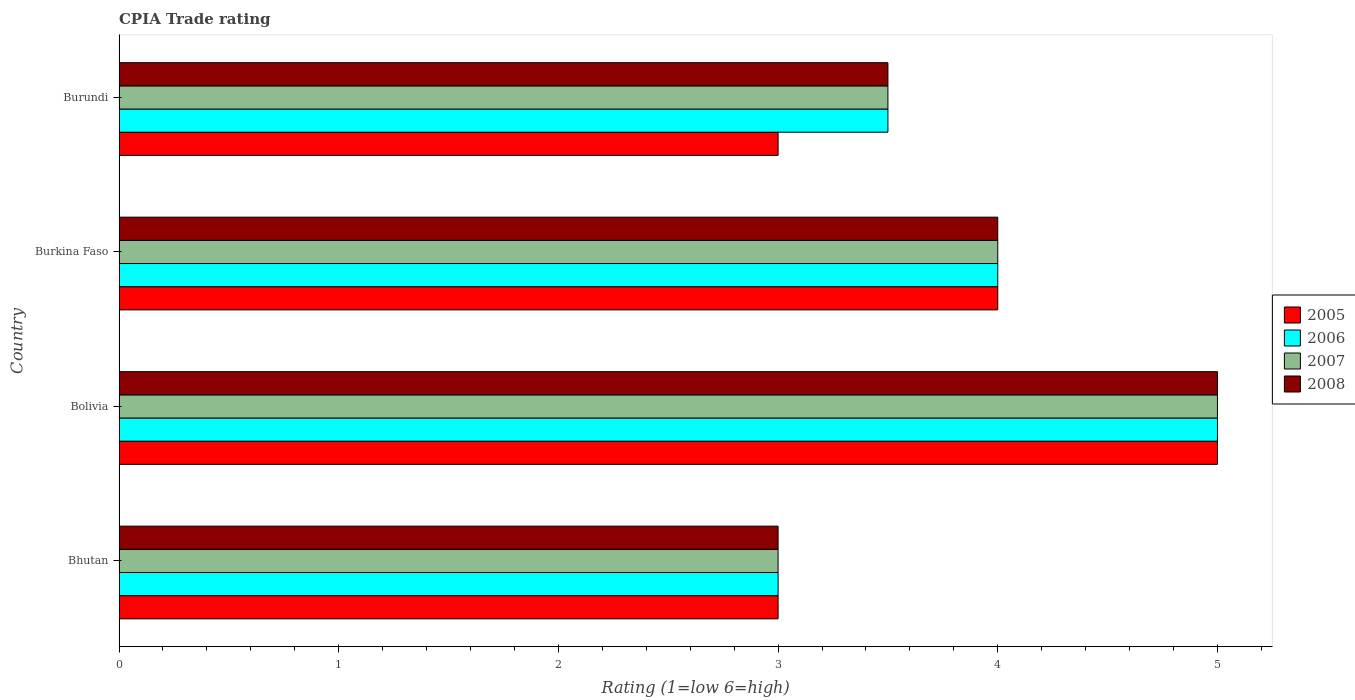
| Country | 2005 | 2006 | 2007 | 2008 |
 | --- | --- | --- | --- | --- |
 | Bhutan | 3 | 3 | 3 | 3 |
 | Bolivia | 5 | 5 | 5 | 5 |
 | Burkina Faso | 4 | 4 | 4 | 4 |
 | Burundi | 3 | 3.5 | 3.5 | 3.5 |